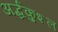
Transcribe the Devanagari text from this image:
अर्द्धकुशल